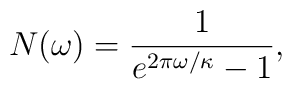
N(\omega) = \frac{1}{e^{2 \pi \omega/\kappa} - 1},